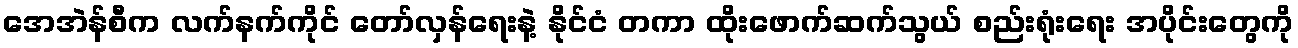
အေအဲန်စီက လက်နက်ကိုင် တော်လှန်ရေးနဲ့ နိုင်ငံ တကာ ထိုးဖောက်ဆက်သွယ် စည်းရုံးရေး အပိုင်းတွေကို